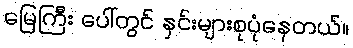
မြေကြီး ပေါ်တွင် နှင်းများစုပုံနေတယ်။